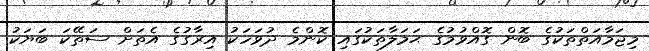
މިޖަމާއަތްތަކުގެ ބޮން ގޮއްވުމުގެ ޙަމަލާތަކުގައި ކޮންމެ ދުވަހަކު އިރާގުގެ އެތަށް ސަތޭކަ ބަޔަކު